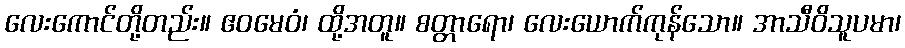
လေးကောင်တို့တည်း။ ဧဝမေဝံ၊ ထို့အတူ။ စတ္တာရော၊ လေးယောက်ကုန်သော။ အာသီဝိသူပမာ၊